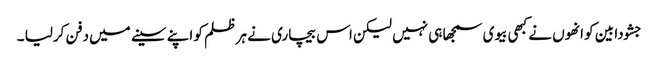
جشودا بین کو انھوں نے کبھی بیوی سمجھا ہی نہیں لیکن اس بیچاری نے ہر ظلم کو اپنے سینے میں دفن کرلیا ۔